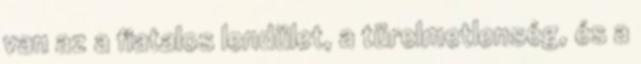
van az a fiatalos lendület, a türelmetlenség, és a